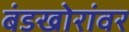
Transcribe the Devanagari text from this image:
बंडखोरांवर